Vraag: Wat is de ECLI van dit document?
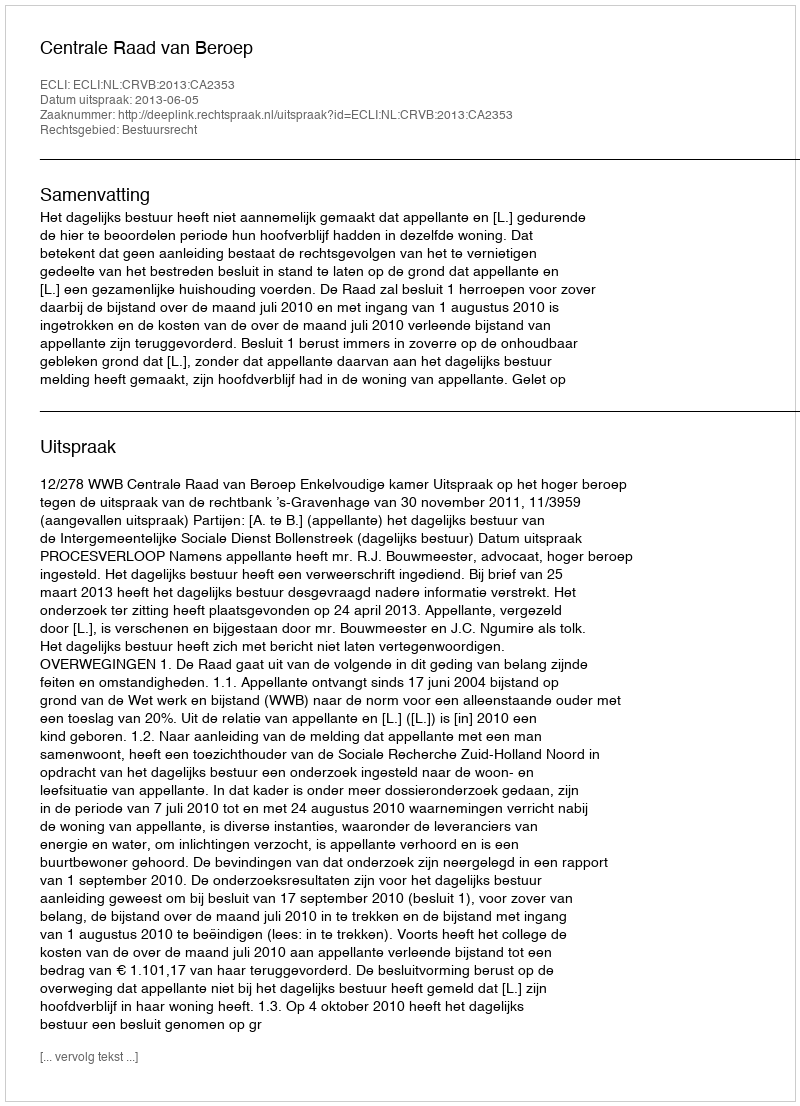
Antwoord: ECLI:NL:CRVB:2013:CA2353